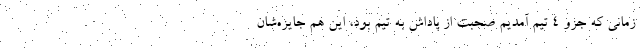
زمانی که جزو 4 تیم آمدیم صحبت از پاداش به تیم بود، این هم جایزه‌شان